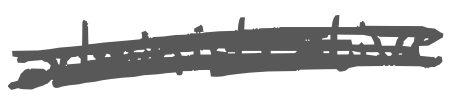
Text: administrative
Cross-out: scratch
Writing tool: digital_gray